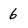
Character: 6